Report of the Indian Hemp Drugs Commission, 1894-1895 - Volume I
Year: 1894
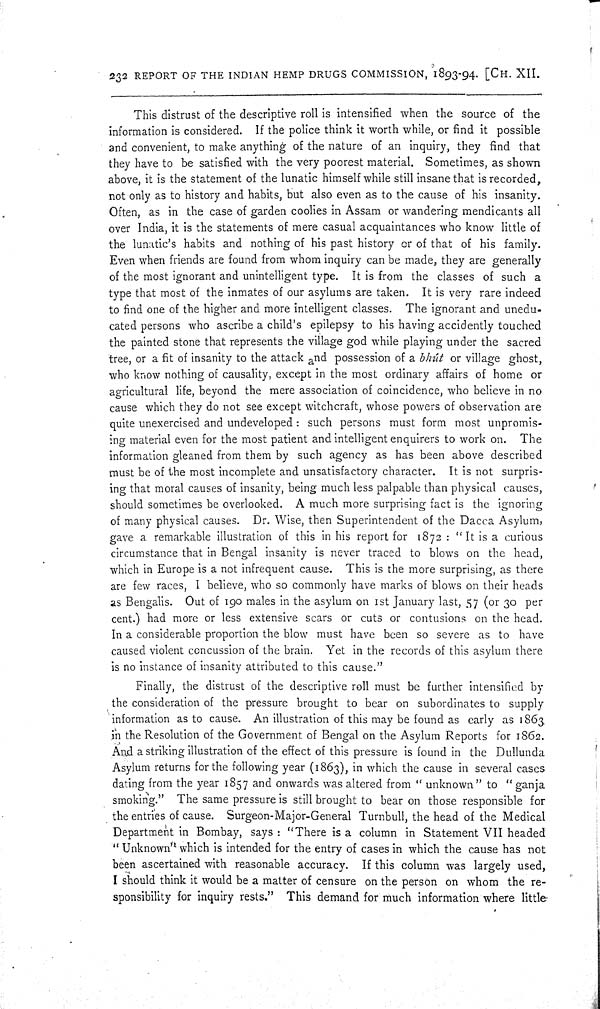
232 REPORT OF THE INDIAN HEMP DRUGS COMMISSION, 1893-94. [CH. XII.
This distrust of the descriptive roll is intensified when the source of the
information is considered. If the police think it worth while, or find it possible
and convenient, to make anything of the nature of an inquiry, they find that
they have to be satisfied with the very poorest material. Sometimes, as shown
above, it is the statement of the lunatic himself while still insane that is recorded,
not only as to history and habits, but also even as to the cause of his insanity.
Often, as in the case of garden coolies in Assam or wandering mendicants all
over India, it is the statements of mere casual acquaintances who know little of
the lunatic's habits and nothing of his past history or of that of his family.
Even when friends are found from whom inquiry can be made, they are generally
of the most ignorant and unintelligent type. It is from the classes of such a
type that most of the inmates of our asylums are taken. It is very rare indeed
to find one of the higher and more intelligent classes. The ignorant and unedu-
cated persons who ascribe a child's epilepsy to his having accidently touched
the painted stone that represents the village god while playing under the sacred
tree, or a fit of insanity to the attack and possession of a bhút or village ghost,
who know nothing of causality, except in the most ordinary affairs of home or
agricultural life, beyond the mere association of coincidence, who believe in no
cause which they do not see except witchcraft, whose powers of observation are
quite unexercised and undeveloped: such persons must form most unpromis-
ing material even for the most patient and intelligent enquirers to work on. The
information gleaned from them by such agency as has been above described
must be of the most incomplete and unsatisfactory character. It is not surpris-
ing that moral causes of insanity, being much less palpable than physical causes,
should sometimes be overlooked. A much more surprising fact is the ignoring
of many physical causes. Dr. Wise, then Superintendent of the Dacca Asylum,
gave a remarkable illustration of this in his report for 1872: "It is a curious
circumstance that in Bengal insanity is never traced to blows on the head,
which in Europe is a not infrequent cause. This is the more surprising, as there
are few races, I believe, who so commonly have marks of blows on their heads
as Bengalis. Out of 190 males in the asylum on 1st January last, 57 (or 30 per
cent.) had more or less extensive scars or cuts or contusions on the head.
In a considerable proportion the blow must have been so severe as to have
caused violent concussion of the brain. Yet in the records of this asylum there
is no instance of insanity attributed to this cause."
Finally, the distrust of the descriptive roll must be further intensified by
the consideration of the pressure brought to bear on subordinates to supply
information as to cause. An illustration of this may be found as early as 1863
in the Resolution of the Government of Bengal on the Asylum Reports for 1862.
And a striking illustration of the effect of this pressure is found in the Dullunda
Asylum returns for the following year (1863), in which the cause in several cases
dating from the year 1857 and onwards was altered from "unknown" to "ganja
smoking." The same pressure is still brought to bear on those responsible for
the entries of cause. Surgeon-Major-General Turnbull, the head of the Medical
Department in Bombay, says: "There is a column in Statement VII headed
"Unknown" which is intended for the entry of cases in which the cause has not
been ascertained with reasonable accuracy. If this column was largely used,
I should think it would be a matter of censure on the person on whom the re-
sponsibility for inquiry rests." This demand for much information where little